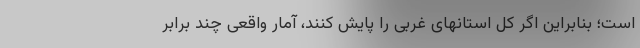
است؛ بنابراین اگر کل استانهای غربی را پایش کنند، آمار واقعی چند برابر